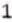
1